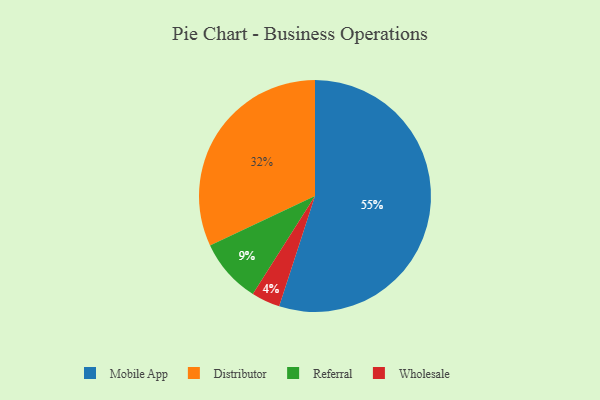
{"axis": {"x": "Category", "y": "Percentage"}, "legend": ["Distributor", "Mobile App", "Referral", "Wholesale"], "data": [{"x": "Distributor", "y": 32, "type": "Distributor"}, {"x": "Referral", "y": 9, "type": "Referral"}, {"x": "Wholesale", "y": 4, "type": "Wholesale"}, {"x": "Mobile App", "y": 55, "type": "Mobile App"}]}